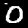
Label: 0